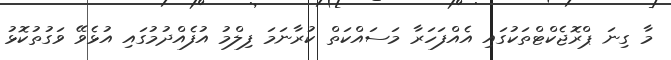
މާ ގިނަ ޕްރޮޖެކްޓްތަކުގައި އެއްފަހަރާ މަސައްކަތް ކުރާނަމަ ފިލްމު އުފެއްދުމުގައި އުޅެވޭ ވަގުތުކޮޅު